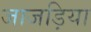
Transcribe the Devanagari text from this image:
जाजड़िया